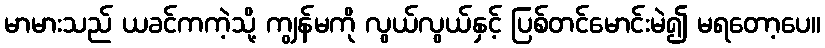
မာမားသည် ယခင်ကကဲ့သို့ ကျွန်မကို လွယ်လွယ်နှင့် ပြစ်တင်မောင်းမဲ၍ မရတော့ပေ။